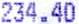
234.40